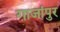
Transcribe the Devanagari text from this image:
गाजांपुर